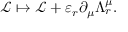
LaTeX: { \mathcal { L } } \mapsto { \mathcal { L } } + \varepsilon _ { r } \partial _ { \mu } \Lambda _ { r } ^ { \mu } .